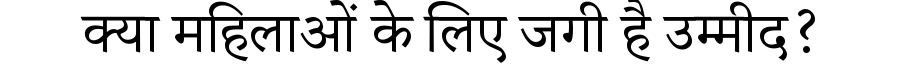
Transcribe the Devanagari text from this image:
क्या महिलाओं के लिए जगी है उम्मीद?